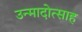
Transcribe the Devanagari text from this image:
उन्मादोत्साह